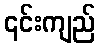
၎င်းကျည်